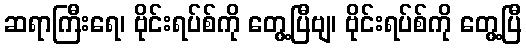
ဆရာကြီးရေ၊ ဗိုင်းရပ်စ်ကို တွေ့ပြီဗျ၊ ဗိုင်းရပ်စ်ကို တွေ့ပြီ